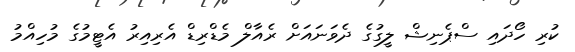
ކުރި ހޯދައި ސްޕެނިޝް ލީގުގެ ދެވަނައަށް ރެއާލް މެޑްރިޑް އެރިއިރު އެޓީމުގެ މުހިއްމު